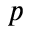
p